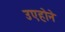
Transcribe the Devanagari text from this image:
उएहोने